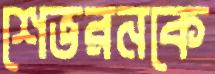
শেভরনকে